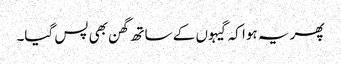
پھر یہ ہوا کہ گیہوں کے ساتھ گھن بھی پس گیا۔